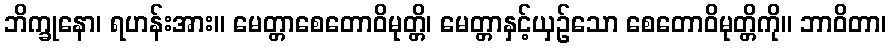
ဘိက္ခုနော၊ ရဟန်းအား။ မေတ္တာစေတောဝိမုတ္တိ၊ မေတ္တာနှင့်ယှဉ်သော စေတောဝိမုတ္တိကို။ ဘာဝိတာ၊